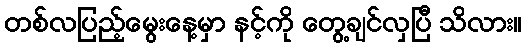
တစ်လပြည့်မွေးနေ့မှာ နင့်ကို တွေ့ချင်လှပြီ သိလား။